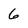
Character: 6